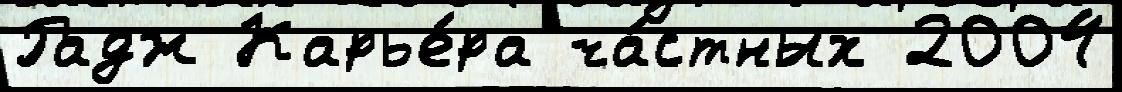
Радж Карье́ра ча́стных 2004